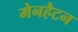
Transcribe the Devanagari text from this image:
मेनहैटन